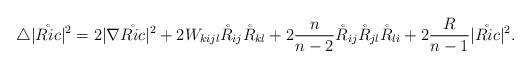
LaTeX: \begin{align*}\triangle|\mathring{Ric}|^2=2|\nabla \mathring{Ric}|^2+2W_{kijl}\mathring{R}_{ij}\mathring{R}_{kl}+2\frac{n}{n-2}\mathring{R}_{ij}\mathring{R}_{jl}\mathring{R}_{li}+2\frac{R}{n-1}|\mathring{Ric}|^2.\end{align*}